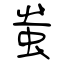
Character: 蚩